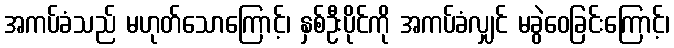
အကပ်ခံသည် မဟုတ်သောကြောင့်၊ နှစ်ဦးပိုင်ကို အကပ်ခံလျှင် မခွဲဝေခြင်းကြောင့်၊